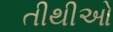
તીથીઓ